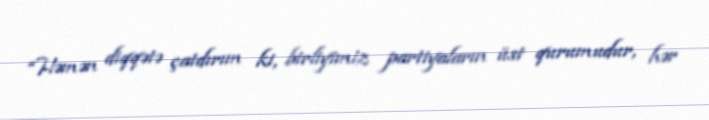
“Həmən diqqətə çatdırım ki, birliyimiz partiyaların üst qurumudur, hər